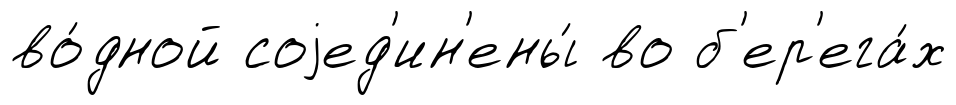
во́дной соjед'ин'ены́ во б'ер'ега́х